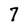
Character: 7